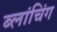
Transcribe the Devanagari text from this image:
ब्लांचिंग